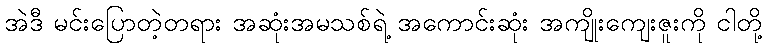
အဲဒီ မင်းပြောတဲ့တရား အဆုံးအမသစ်ရဲ့ အကောင်းဆုံး အကျိုးကျေးဇူးကို ငါတို့